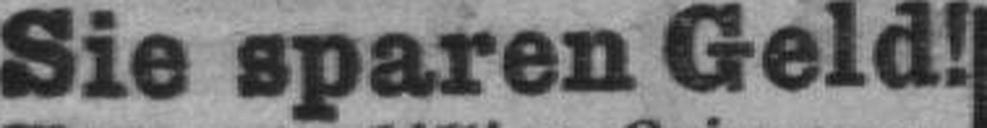
Sie sparen Geld!